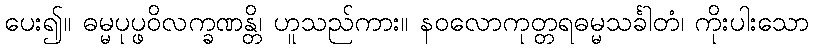
ပေး၍။ ဓမ္မပုပ္ဖဝိလက္ခဏန္တိ၊ ဟူသည်ကား။ နဝလောကုတ္တရဓမ္မသင်္ခါတံ၊ ကိုးပါးသော